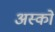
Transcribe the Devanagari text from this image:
अस्को